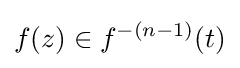
f(z)\in f^{-(n-1)}(t)